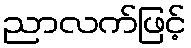
ညာလက်ဖြင့်